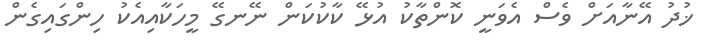
ޚުދު އޭނާއަށް ވެސް އެވަނީ ކޮންތާކު އުޅޭ ކާކުކަން ނޭނގޭ މީހަކާއިއެކު ހިންގައިގެން